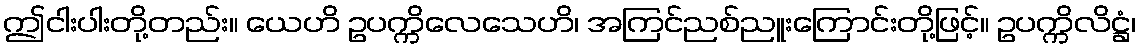
ဤငါးပါးတို့တည်း။ ယေဟိ ဥပက္ကိလေသေဟိ၊ အကြင်ညစ်ညူးကြောင်းတို့ဖြင့်။ ဥပက္ကိလိဋ္ဌံ၊